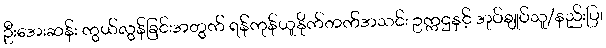
ဦးအေးဆန်း ကွယ်လွန်ခြင်းအတွက် ရန်ကုန်ယူနိုက်တက်အသင်း ဥက္ကဌနှင့် အုပ်ချုပ်သူ/နည်းပြ၊